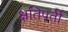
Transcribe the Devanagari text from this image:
क्षतिपर्ती